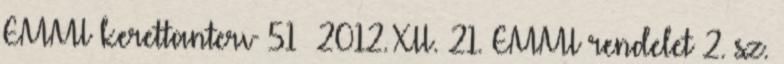
EMMI kerettanterv 51 2012. XII. 21. EMMI rendelet 2. sz.